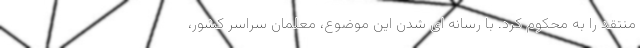
منتقد را به محکوم کرد. با رسانه ای شدن این موضوع، معلمان سراسر کشور،